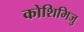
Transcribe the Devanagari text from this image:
कोशिमिजु